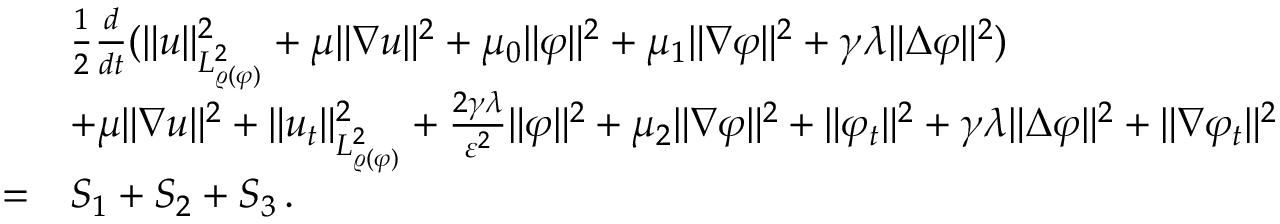
\begin{array} { r l } & { \frac { 1 } { 2 } \frac { d } { d t } ( \| u \| _ { L _ { \varrho ( \varphi ) } ^ { 2 } } ^ { 2 } + \mu \| \nabla u \| ^ { 2 } + \mu _ { 0 } \| \varphi \| ^ { 2 } + \mu _ { 1 } \| \nabla \varphi \| ^ { 2 } + \gamma \lambda \| \Delta \varphi \| ^ { 2 } ) } \\ & { + \mu \| \nabla u \| ^ { 2 } + \| u _ { t } \| _ { L _ { \varrho ( \varphi ) } ^ { 2 } } ^ { 2 } + \frac { 2 \gamma \lambda } { \varepsilon ^ { 2 } } \| \varphi \| ^ { 2 } + \mu _ { 2 } \| \nabla \varphi \| ^ { 2 } + \| \varphi _ { t } \| ^ { 2 } + \gamma \lambda \| \Delta \varphi \| ^ { 2 } + \| \nabla \varphi _ { t } \| ^ { 2 } } \\ { = } & { S _ { 1 } + S _ { 2 } + S _ { 3 } \, . } \end{array}